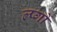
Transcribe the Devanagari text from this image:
ल्प्गों